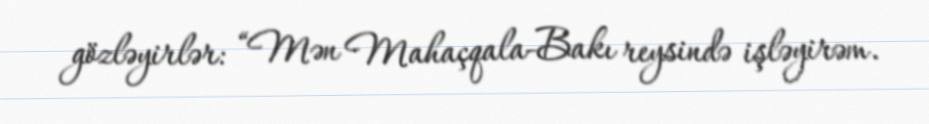
gözləyirlər: “Mən Mahaçqala-Bakı reysində işləyirəm.